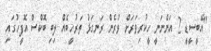
"އޭބީސީޑީ 2 އަންނަނީ ހީކުރިވަރަށް ވުރެން ރަނގަޅު ތަރުހީބެއް ލިބި ބޮކްސް އޮފީހުގައި